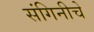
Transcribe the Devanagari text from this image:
संगिनीचे